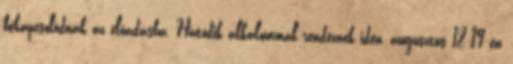
bekapcsolódnak az előadásba. Hatodik alkalommal rendeznek idén, augusztus 18-19-én